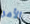
الأمر